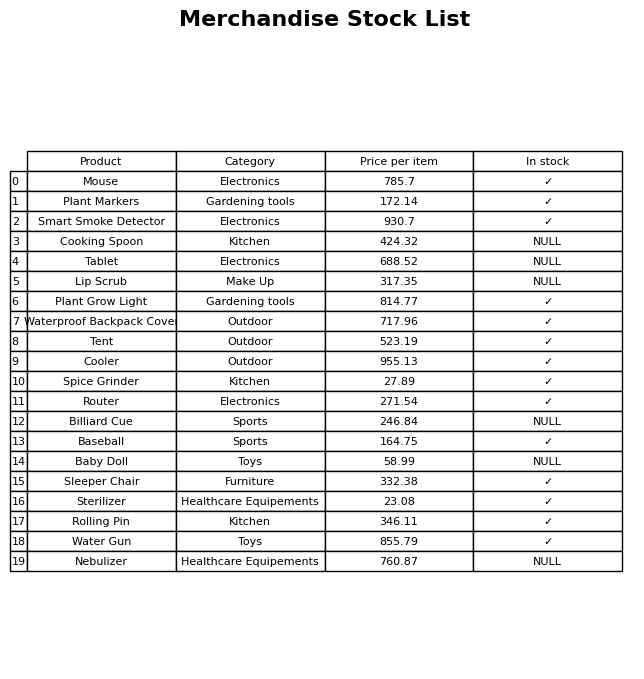
question: Is the Tablet in stock?
answer: NULL